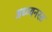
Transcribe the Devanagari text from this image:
अध्य्यनरत